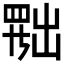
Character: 𦋦